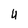
Character: 4